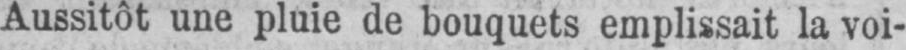
Aussitôt une pluie de bouquets emplissait la voi-